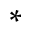
^ *